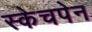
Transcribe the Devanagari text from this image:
स्केचपेन